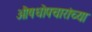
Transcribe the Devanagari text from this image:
औषधोपचारांच्या